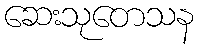
ဆေးသုတေသန